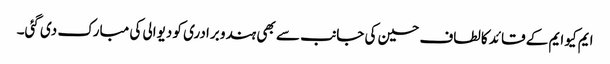
ایم کیو ایم کے قائد کالطاف حسین کی جانب سے بھی ہندو برادری کو دیوالی کی مبارک دی گئی۔